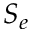
S _ { e }